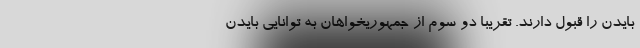
بایدن را قبول دارند. تقریبا دو سوم از جمهوریخواهان به توانایی بایدن